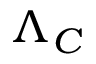
\Lambda _ { C }